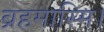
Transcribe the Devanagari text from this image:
ब्रहमास्मि।